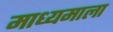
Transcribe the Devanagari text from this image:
माध्यमाला